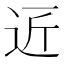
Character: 𮞆